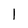
Character: 1